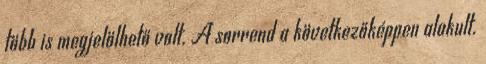
több is megjelölhető volt. A sorrend a következőképpen alakult.